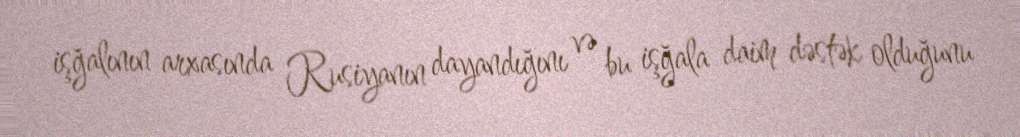
işğalının arxasında Rusiyanın dayandığını və bu işğala daim dəstək olduğunu